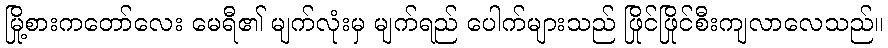
မြို့စားကတော်လေး မေရီ၏ မျက်လုံးမှ မျက်ရည် ပေါက်များသည် ဖြိုင်ဖြိုင်စီးကျလာလေသည်။